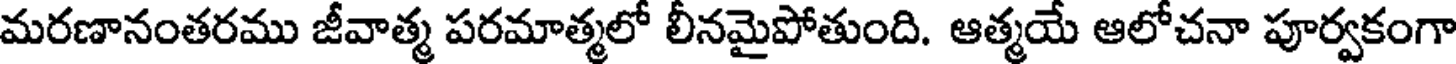
మరణానంతరము జీవాత్మ పరమాత్మలో లీనమైపోతుంది. ఆత్మయే ఆలోచనా పూర్వకంగా